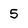
Character: 5